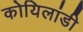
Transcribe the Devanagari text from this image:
कोयिलांडी